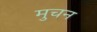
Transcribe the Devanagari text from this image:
मुचन